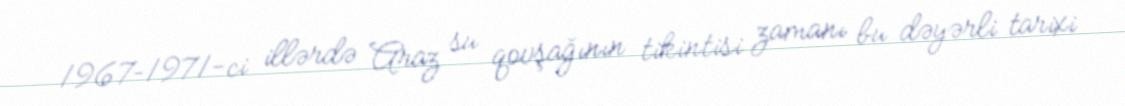
1967–1971-ci illərdə Araz su qovşağının tikintisi zamanı bu dəyərli tarixi